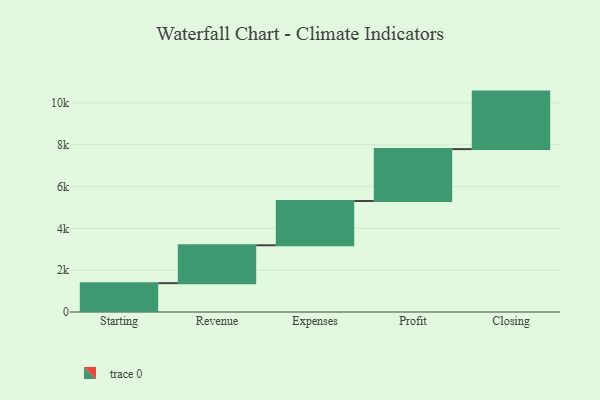
{"axis": {"x": "Step", "y": "Value"}, "legend": [""], "data": [{"x": "Starting", "y": 1380.0, "type": ""}, {"x": "Revenue", "y": 1812.0, "type": ""}, {"x": "Expenses", "y": 2118.0, "type": ""}, {"x": "Profit", "y": 2483.0, "type": ""}, {"x": "Closing", "y": 2751.0, "type": ""}]}